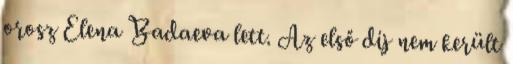
orosz Elena Badaeva lett. Az első díj nem került